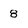
Character: 8